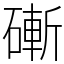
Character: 𥕌